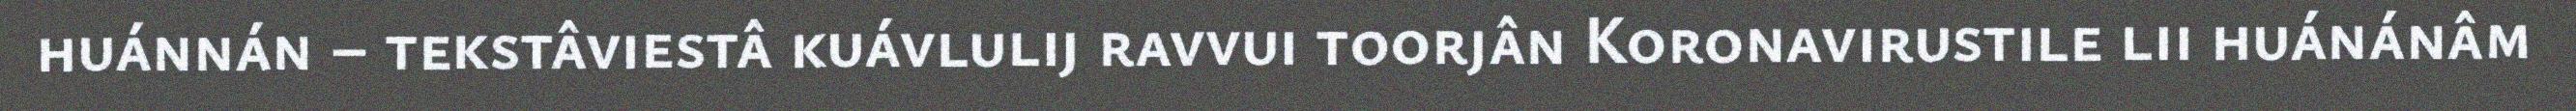
huánnán – tekstâviestâ kuávlulij ravvui toorjân Koronavirustile lii huánánâm